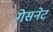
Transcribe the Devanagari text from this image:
गेसनेट